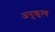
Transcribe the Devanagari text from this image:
अनुकृत्य